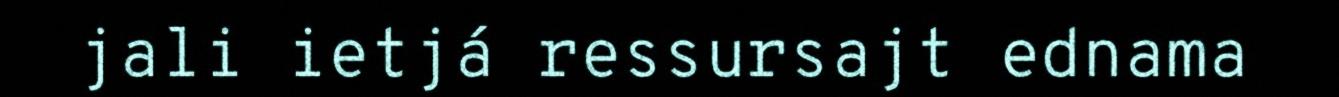
jali ietjá ressursajt ednama